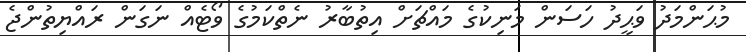
މުޙަންމަދު ވަޙީދު ހަސަން މަނިކުގެ މައްޗަށް އިތުބާރު ނެތްކަމުގެ ވޯޓެއް ނަގަން ރައްޔިތުންޖެ